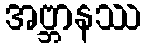
အဗ္ဘာနဿ